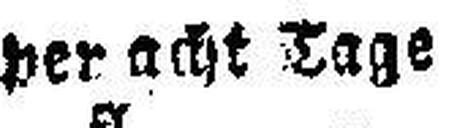
per acht Tage